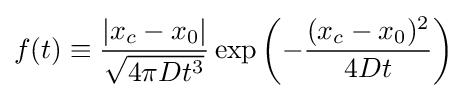
f(t)\equiv {\frac {|x_{c}-x_{0}|}{\sqrt {4\pi Dt^{3}}}}\exp \left(-{\frac {(x_{c}-x_{0})^{2}}{4Dt}}\right)